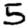
Digit: 5